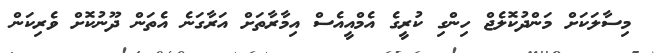
މިސާލަކަށް މަންދުކޮލެޖް ހިންގި ކުރީގެ އެމްއީއެސް އިމާރާތަށް އަރާގަނެ އެތަން ދޫނުކޮށް ވެރިކަން